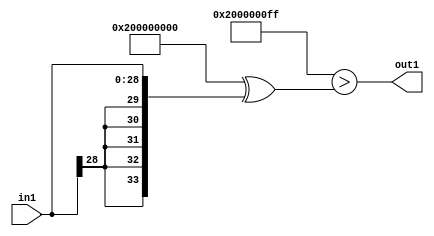
`timescale 1ps / 1ps
/*****************************************************************************
    Verilog RTL Description
    
    
    Created by: Stratus DpOpt 2019.1.01 
*******************************************************************************/

module GaussFilter_Lti255s29_1 (
	in1,
	out1
	); /* architecture "behavioural" */ 
input [28:0] in1;
output  out1;
wire  asc001;

assign asc001 = ((34'B1000000000000000000000000000000000 ^ 34'B0000000000000000000000000011111111)>(34'B1000000000000000000000000000000000
    ^ {{5{in1[28]}}, in1}));

assign out1 = asc001;
endmodule

/* CADENCE  uLHzQws= : u9/ySgnWtBlWxVPRXgAZ4Og= ** DO NOT EDIT THIS LINE ******/